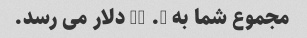
مجموع شما به 5. 48 دلار می رسد.